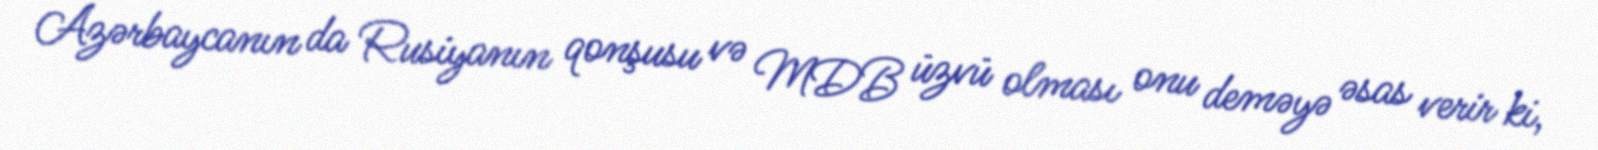
Azərbaycanın da Rusiyanın qonşusu və MDB üzvü olması onu deməyə əsas verir ki,